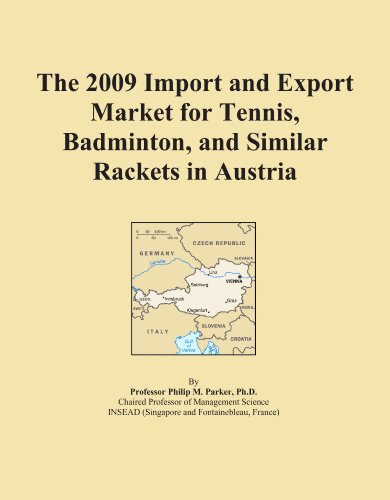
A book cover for The 2009 Import and Export Market for Tennis, Badminton, and Similar Rackets in Austria; Icon Group International; Sports & Outdoors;